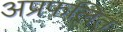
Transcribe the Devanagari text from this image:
अप्रफलित